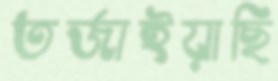
তর্জাইয়াছি